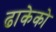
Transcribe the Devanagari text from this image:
ढाकेको